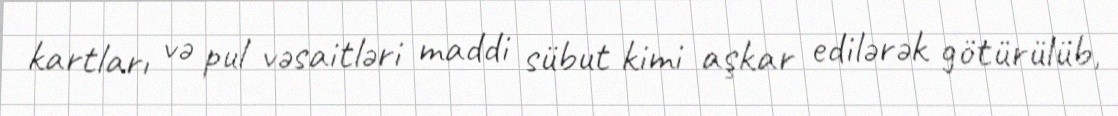
kartları və pul vəsaitləri maddi sübut kimi aşkar edilərək götürülüb,